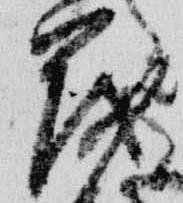
茂